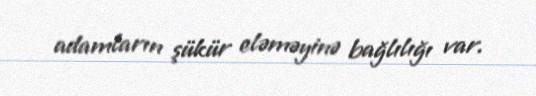
adamların şükür eləməyinə bağlılığı var.